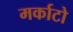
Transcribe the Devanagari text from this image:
मर्काटो